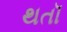
થતૉ